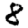
Digit: 8